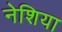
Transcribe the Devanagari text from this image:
नेशिया